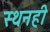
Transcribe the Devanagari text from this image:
स्थनही